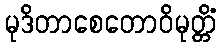
မုဒိတာစေတောဝိမုတ္တိံ